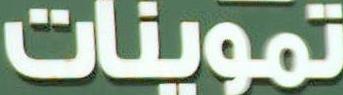
تموينات